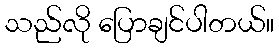
သည်လို ပြောချင်ပါတယ်။